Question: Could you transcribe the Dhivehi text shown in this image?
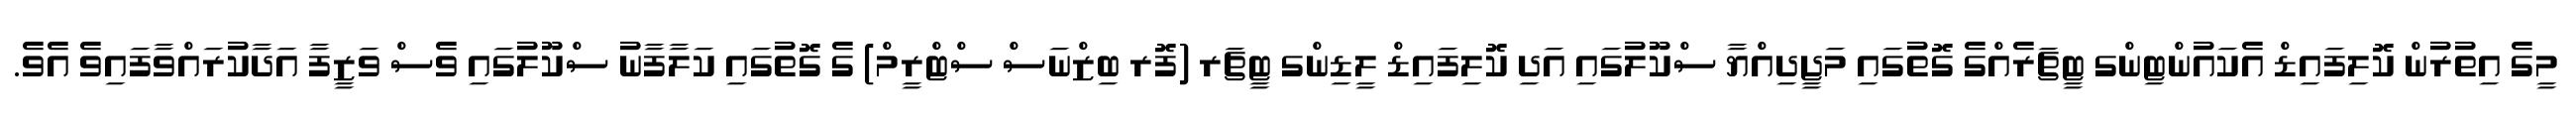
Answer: މީގެ އިތުރުން ކޮލިފައިޑް އެކައުންޓިންގ ޓީޗަރެއްގެ ގޮތުގައި މަޖީދިއްޔާ ސްކޫލުގައި އަދި ކޮލިފައިޑް ލީޑިންގ ޓީޗަރ (ފޮރ ބިޒްނަސް ސްޓްރީމް) ގެ ގޮތުގައި ކަލާފާނު ސްކޫލުގައި ވެސް ވަޒީފާ އަދާކުރައްވާފައިވެ އެވެ.